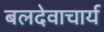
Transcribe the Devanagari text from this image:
बलदेवाचार्य